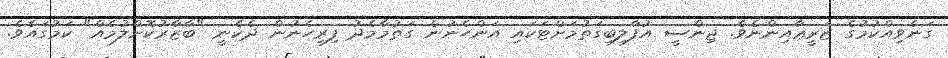
ގަނެވިއްކުމުގެ ޒަރީޢާއިންނެވެ. ޖިންސީ އުފާލިބިގަތުމަށްޓަކައި އަންހެނުން ގަތުމާމެދު ފިރިހެނުން ދެކެނީ "ބާޒާރުކޮށްލުމެއް" ކަމުގައެވެ.